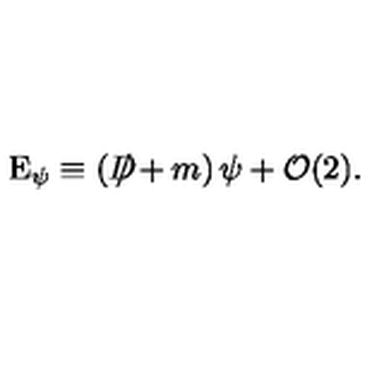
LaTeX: \mathrm { E } _ { \psi } \equiv \left( D \! \! \! \! \slash + m \right) \psi + { \cal O } ( 2 ) .